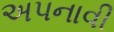
અપનાવી